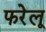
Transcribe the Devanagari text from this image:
फरेलू